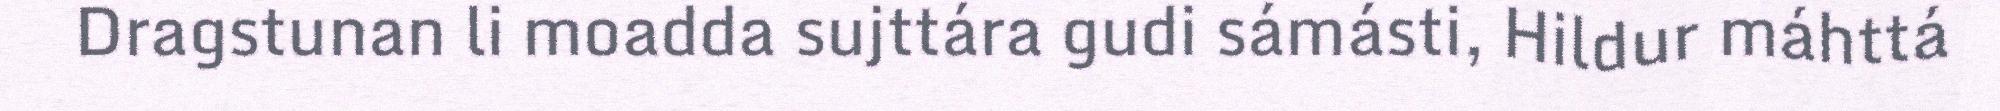
Dragstunan li moadda sujttára gudi sámásti, Hildur máhttá